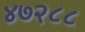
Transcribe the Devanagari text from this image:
४७२८८